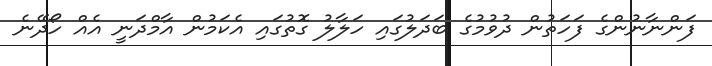
ފަންނާނުންގެ ފަހަތުން ދުވުމުގެ ބަދަލުގައި ހަލާލު ގޮތުގައި އެކަމުން އާމްދަނީ އެއް ހޯދޭނެ